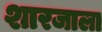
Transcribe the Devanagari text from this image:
शारजाला